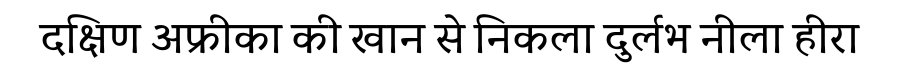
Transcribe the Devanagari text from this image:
दक्षिण अफ्रीका की खान से निकला दुर्लभ नीला हीरा